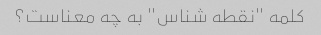
کلمه "نقطه شناس" به چه معناست؟